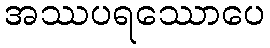
အဿပရဿောပေ